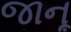
જાનૂ